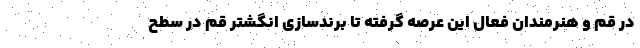
در قم و هنرمندان فعال این عرصه گرفته تا برندسازی انگشتر قم در سطح